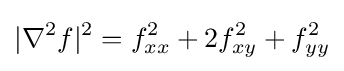
|\nabla ^{2}f|^{2}=f_{xx}^{2}+2f_{xy}^{2}+f_{yy}^{2}